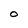
Character: O